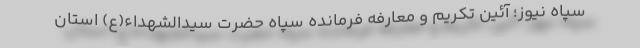
سپاه نیوز؛ آئین تکریم و معارفه فرمانده سپاه حضرت سیدالشهداء(ع) استان